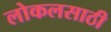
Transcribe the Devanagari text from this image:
लोकलसाठी